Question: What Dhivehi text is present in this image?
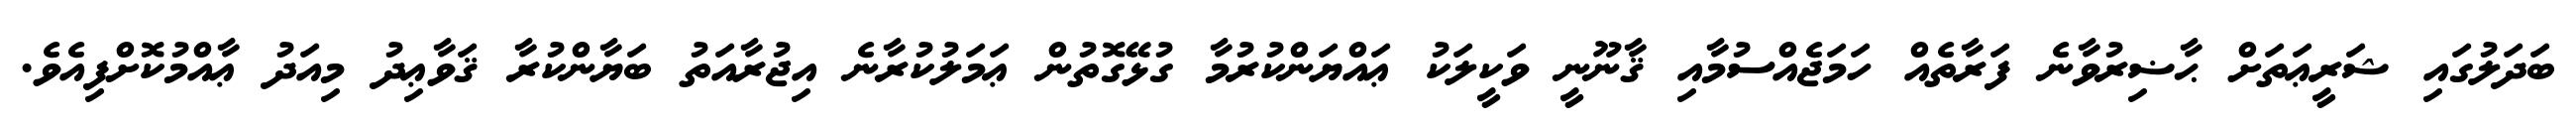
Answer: ބަދަލުގައި ޝަރީޢަތަށް ޙާޟިރުވާނެ ފަރާތެއް ހަމަޖެއްސުމާއި ޤާނޫނީ ވަކީލަކު ޢައްޔަންކުރުމާ ގުޅޭގޮތުން ޢަމަލުކުރާނެ އިޖުރާއަތު ބަޔާންކުރާ ޤަވާޢިދު މިއަދު ޢާއްމުކޮށްފިއެވެ.